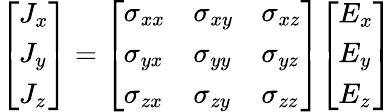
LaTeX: {\left[\begin{array}{l}{J_{x}}\\ {J_{y}}\\ {J_{z}}\end{array}\right]}={\left[\begin{array}{lll}{\sigma_{xx}}&{\sigma_{xy}}&{\sigma_{xz}}\\ {\sigma_{yx}}&{\sigma_{yy}}&{\sigma_{yz}}\\ {\sigma_{zx}}&{\sigma_{zy}}&{\sigma_{zz}}\end{array}\right]}{\left[\begin{array}{l}{E_{x}}\\ {E_{y}}\\ {E_{z}}\end{array}\right]}